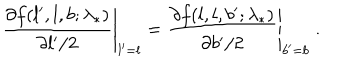
\left. \frac { \partial f ( l ^ { \prime } , l , b ; \lambda _ { * } ) } { \partial l ^ { \prime } / 2 } \right| _ { l ^ { \prime } = l } = \left. \frac { \partial f ( l , l , b ^ { \prime } ; \lambda _ { * } ) } { \partial b ^ { \prime } / 2 } \right| _ { b ^ { \prime } = b } \; .